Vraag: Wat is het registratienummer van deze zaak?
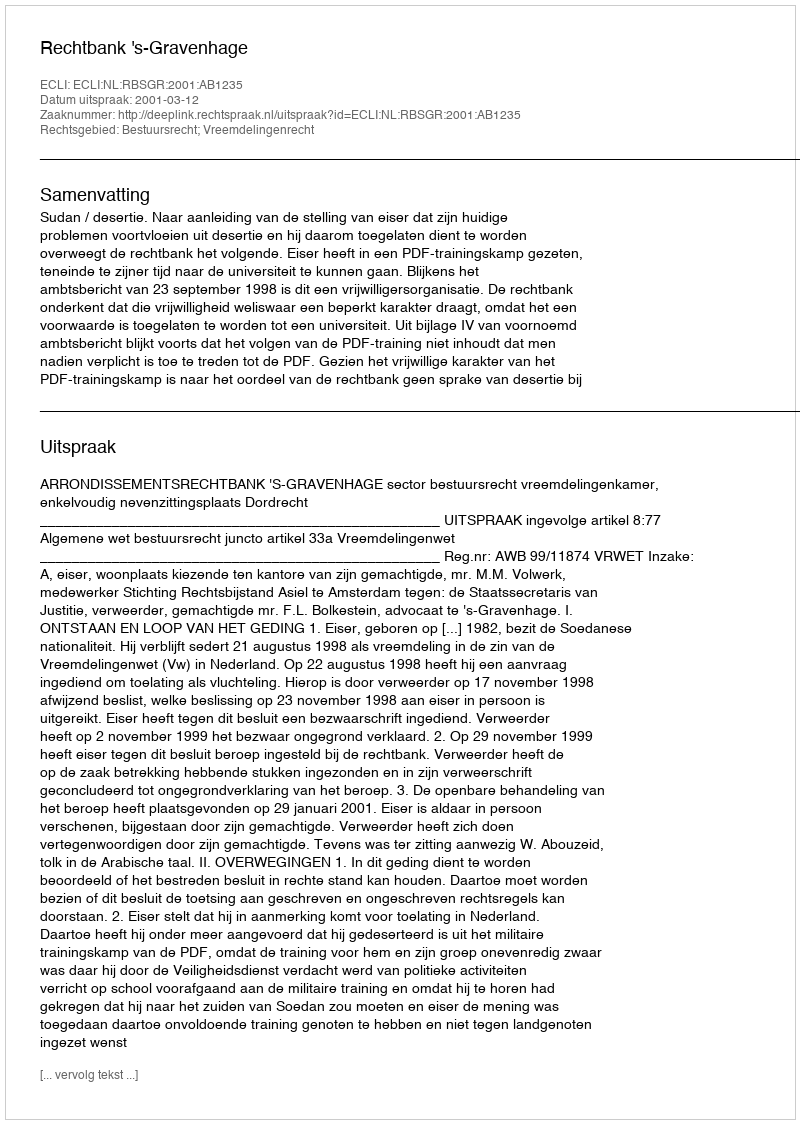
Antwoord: http://deeplink.rechtspraak.nl/uitspraak?id=ECLI:NL:RBSGR:2001:AB1235